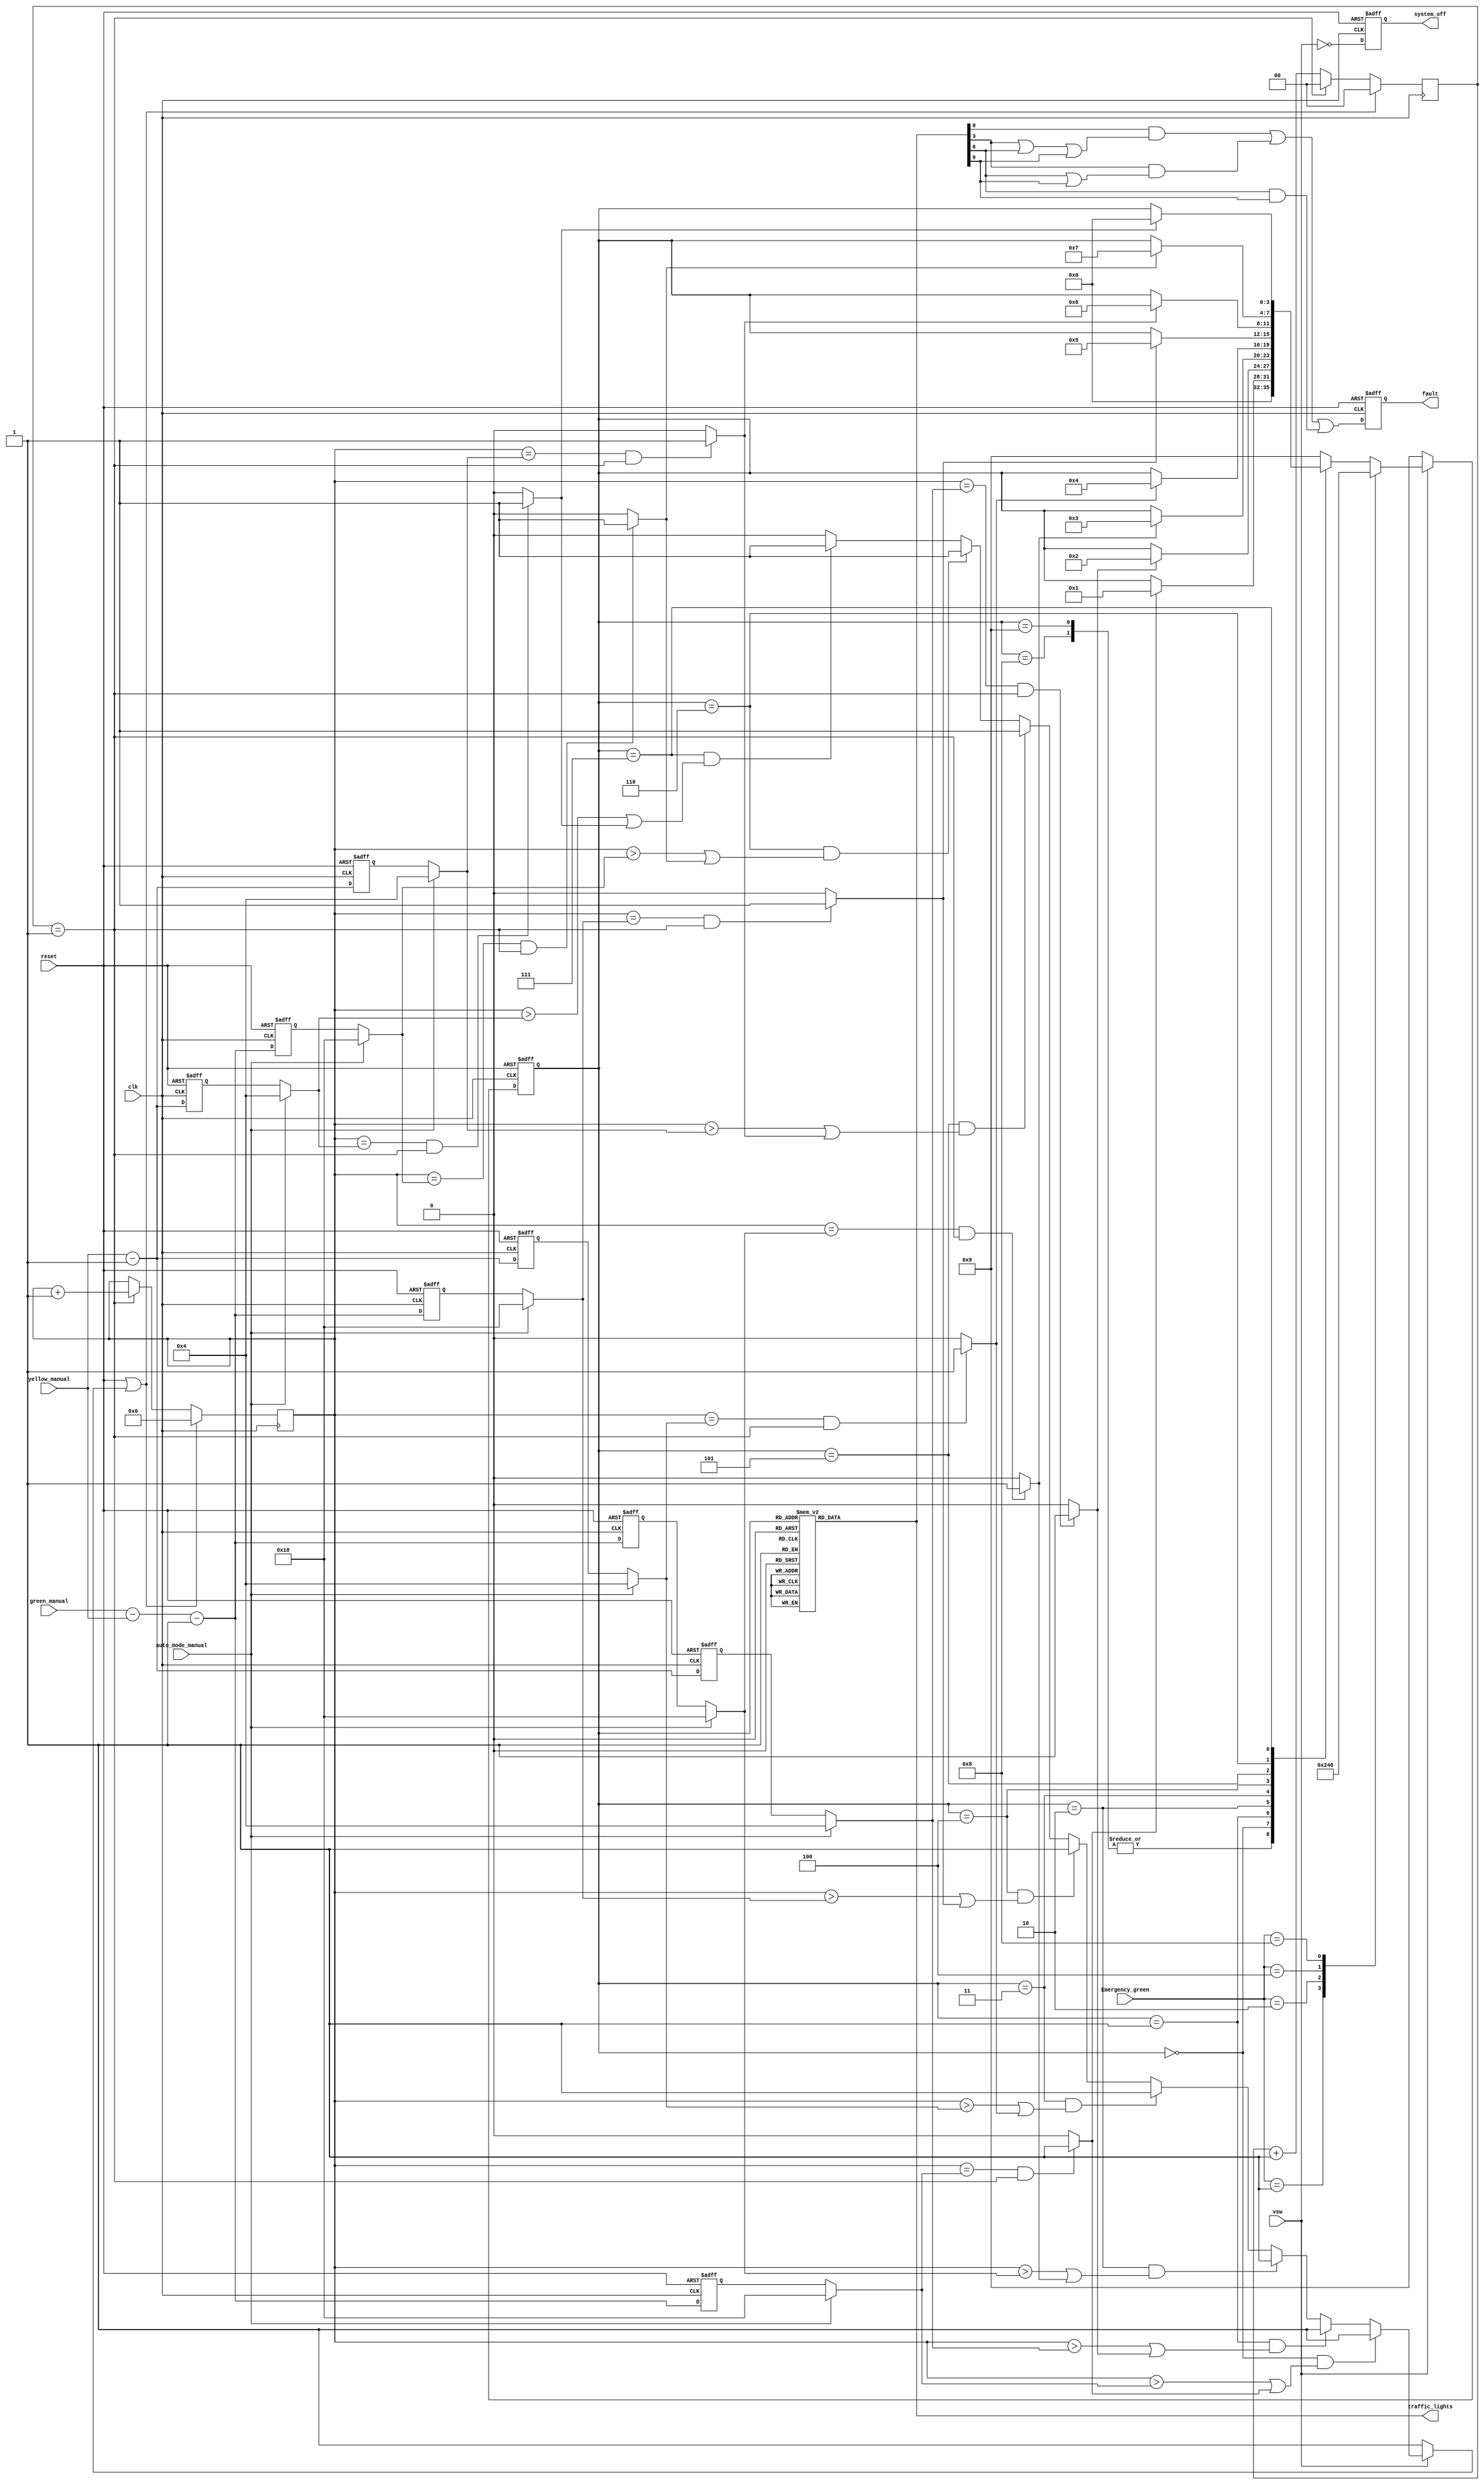
//`timescale 1ns/1ps

module traffic_light_controller(clk,reset,Emergency_green,auto_mode_manual,yellow_manual,green_manual,vsw,fault,system_off,traffic_lights);

input clk;   //clock input

input reset;   //Reset input(Asynchronous)

input auto_mode_manual;  //mode select input (Automatic :1 ,manual :0)

input vsw;


//emergency signals

input[3:0] Emergency_green; //REFINEMENT


//manual mode input registers 


//input [6:0] red_manual;          

input [7:0] yellow_manual;   

input [7:0] green_manual;

//outputs

output reg fault;                    //Fault signal

output reg system_off;                //System Off signal

output reg [11:0] traffic_lights;     // D_001  RED,YELLOW,GREEN lights for 4 roads  

reg [3:0]ps,ns;  

reg power_off;

wire delibrately_off;                     //present and next states

wire east_green_comp_out , east_yellow_comp_out, north_green_comp_out , north_yellow_comp_out , west_green_comp_out , west_yellow_comp_out ,south_green_comp_out , south_yellow_comp_out;

wire clear;

wire [7:0] east_green_out,north_green_out,west_green_out,south_green_out,east_yellow_out,north_yellow_out,west_yellow_out,south_yellow_out;

reg [7:0] internal_green[0:3];

reg [7:0] internal_yellow[0:3];
 
//define states 

parameter GREEN=2'b00; 

parameter YELLOW=2'b01;

parameter RED=2'b10;


//define timing paramters 

parameter RED_DELAY=84;

parameter YELLOW_DELAY=4;	

parameter GREEN_DELAY=24;

parameter FREQUENCY=2;//000000;
 
//counter parameters

parameter counter_length = $clog2(FREQUENCY);

reg [7:0]count;

reg [counter_length:0] sub_counter;

integer sec_count;

integer int; 

parameter [3:0] east_green=  4'b0000;

parameter [3:0] east_yellow= 4'b0001;

parameter [3:0] north_green= 4'b0010;

parameter [3:0] north_yellow=4'b0011;

parameter [3:0] west_green=  4'b0100;

parameter [3:0] west_yellow= 4'b0101;

parameter [3:0] south_green= 4'b0110;

parameter [3:0] south_yellow=4'b0111;

parameter [3:0] all_red=     4'b1000;

parameter [3:0] all_yellow=  4'b1001;


always @(posedge clk or posedge reset)

begin

if (reset)

ps<=all_red;

else

ps<=ns;

end


always @( ps or vsw or east_green_comp_out or east_yellow_comp_out or north_green_comp_out or north_yellow_comp_out or west_green_comp_out or west_yellow_comp_out or south_green_comp_out or south_yellow_comp_out or Emergency_green )

begin

if (~vsw) ns<=all_yellow;
else begin

case(Emergency_green)

4'b0001: ns<=east_green;

4'b0010: ns<=north_green;

4'b0100: ns<=west_green;

4'b1000: ns<=south_green;

default: begin 

case(ps)
all_red: ns<=east_green;

all_yellow: ns<=east_green;

east_green : if(east_green_comp_out) begin  ns<=east_yellow;  end   else begin ns<= ps; end 

east_yellow: if(east_yellow_comp_out) begin  ns<=north_green;  end   else begin ns<= ps; end 

north_green: if(north_green_comp_out)begin  ns<=north_yellow; end   else begin ns<= ps; end 

north_yellow: if(north_yellow_comp_out)  begin  ns<=west_green;   end   else begin ns<= ps; end 

west_green : if(west_green_comp_out) begin  ns<=west_yellow;  end   else begin ns<= ps; end 

west_yellow : if(west_yellow_comp_out) begin  ns<=south_green;  end   else begin ns<= ps; end 

south_green: if(south_green_comp_out)begin  ns<=south_yellow; end   else begin ns<= ps; end 

south_yellow: if(south_yellow_comp_out)  begin  ns<=east_green;   end   else begin ns<= ps; end 


default : ns<=all_yellow;
endcase

end

endcase 

end

end

/*always @( ps or count )

begin
 
if (~vsw) clear =1;

else begin

case(ps)

east_green : if((count>east_green_out)||((count==east_green_out) && (sub_counter==(FREQUENCY-1))))     begin  clear =1;  end   else begin clear=0; end 

east_yellow: if((count>east_yellow_out)||((count==east_yellow_out) && (sub_counter==(FREQUENCY-1))))   begin  clear =1;  end   else begin clear=0; end 
 
north_green: if((count>north_green_out)||((count==north_green_out) && (sub_counter==(FREQUENCY-1))))    begin  clear =1; end   else begin clear=0; end 

north_yellow: if((count>north_yellow_out)||((count==north_yellow_out) && (sub_counter==(FREQUENCY-1)))) begin  clear =1;   end   else begin clear=0; end 

west_green : if((count>west_green_out)||((count==west_green_out) && (sub_counter==(FREQUENCY-1))))    begin  clear =1;  end   else begin clear=0; end 

west_yellow : if((count>west_yellow_out)||((count==west_yellow_out) && (sub_counter==(FREQUENCY-1)))) begin  clear =1;  end   else begin clear=0; end 

south_green: if((count>south_green_out)||((count==south_green_out) && (sub_counter==(FREQUENCY-1))))   begin  clear =1; end   else begin clear=0; end 

south_yellow: if((count>south_yellow_out)||((count==south_yellow_out) && (sub_counter==(FREQUENCY-1))))begin  clear =1;   end   else begin clear=0; end 

endcase

end
 
end*/
assign clear = (~vsw)? 1:((ps==east_green) && ((count>east_green_out)|| east_green_comp_out))? 1:
		((ps==east_yellow) && ((count>east_yellow_out)|| east_yellow_comp_out))? 1:
		((ps==north_green) && ((count>north_green_out)|| north_green_comp_out))? 1:
		((ps==north_yellow) && ((count>north_yellow_out)|| north_yellow_comp_out))? 1:
		((ps==west_green) && ((count>west_green_out)|| west_green_comp_out))? 1:
		((ps==west_yellow) && ((count>west_yellow_out)|| west_yellow_comp_out))? 1:
		((ps==south_green) && ((count>south_green_out)|| south_green_comp_out))? 1:
		((ps==south_yellow) && ((count>south_yellow_out)|| south_yellow_comp_out))? 1: 0;
		


always@(ps)

begin 

case(ps)

east_green:  traffic_lights  <= 12'b100100100001;

east_yellow: traffic_lights  <= 12'b100100001010;

north_green: traffic_lights  <= 12'b100100001100;

north_yellow:traffic_lights  <= 12'b100001010100;

west_green:  traffic_lights  <= 12'b100001100100;

west_yellow: traffic_lights  <= 12'b001010100100;

south_green :traffic_lights  <= 12'b001100100100;

south_yellow:traffic_lights  <= 12'b010100100001;

all_red:traffic_lights <=       12'b100100100100;

all_yellow:traffic_lights  <=   12'b010010010010;

default:traffic_lights <=12'b000000000000;

endcase

end


always @(posedge clk)

begin 

if(reset || clear ) begin

count<=0;

sub_counter <=0;

end

else if(sub_counter == (FREQUENCY-1)) begin

count<=count+1;

sub_counter<=0;

end

else begin 

sub_counter<=sub_counter+1;

end

end

/*always @(posedge clk)

begin

count<=count+1;

if(int==FREQUENCY)

else

begin

sec_count=sec_count+1;

count<=0;

end

end*/

always @(posedge clk or posedge reset) begin

if(reset) begin 

internal_green[0] <= GREEN_DELAY;

internal_green[1] <= GREEN_DELAY;

internal_green[2] <= GREEN_DELAY;

internal_green[3] <= GREEN_DELAY;

end else begin 

internal_green[0] <= green_manual - yellow_manual-1;

internal_green[1] <= green_manual - yellow_manual-1;

internal_green[2] <= green_manual - yellow_manual-1;

internal_green[3] <= green_manual - yellow_manual-1;

end 

end

always@(posedge clk or posedge reset)

begin

if(reset) begin 

internal_yellow[0]<=YELLOW_DELAY;

internal_yellow[1]<=YELLOW_DELAY;

internal_yellow[2]<=YELLOW_DELAY;

internal_yellow[3]<=YELLOW_DELAY;

end 

else begin 

internal_yellow[0]<=yellow_manual-1;

internal_yellow[1]<=yellow_manual-1;

internal_yellow[2]<=yellow_manual-1;

internal_yellow[3]<=yellow_manual-1;

end 

end


assign east_green_out=(auto_mode_manual)?  GREEN_DELAY: internal_green[0];

assign north_green_out=(auto_mode_manual)? GREEN_DELAY: internal_green[1];

assign west_green_out=(auto_mode_manual)?  GREEN_DELAY: internal_green[2];

assign south_green_out=(auto_mode_manual)? GREEN_DELAY: internal_green[3];

assign east_yellow_out=(auto_mode_manual)?  YELLOW_DELAY: internal_yellow[0];

assign north_yellow_out=(auto_mode_manual)? YELLOW_DELAY: internal_yellow[1];

assign west_yellow_out=(auto_mode_manual)?  YELLOW_DELAY: internal_yellow[2];

assign south_yellow_out=(auto_mode_manual)? YELLOW_DELAY: internal_yellow[3];


assign east_green_comp_out =  ((count==east_green_out) && (sub_counter==FREQUENCY-1)) ? 1:0;

assign north_green_comp_out = ((count==north_green_out) && (sub_counter==FREQUENCY-1)) ?1:0;

assign west_green_comp_out =  ((count==west_green_out) && (sub_counter==FREQUENCY-1))  ?1:0;

assign south_green_comp_out = ((count==south_green_out) && (sub_counter==FREQUENCY-1))? 1:0;

assign east_yellow_comp_out = ((count==east_yellow_out) && (sub_counter==FREQUENCY-1))?1:0;

assign north_yellow_comp_out= ((count==north_yellow_out) && (sub_counter==FREQUENCY-1))? 1:0;

assign west_yellow_comp_out = ((count==west_yellow_out) && (sub_counter==FREQUENCY-1))? 1:0;

assign south_yellow_comp_out =((count==south_yellow_out) && (sub_counter==FREQUENCY-1))? 1:0;

/*

always @(posedge clk or posedge reset) begin

if(reset) begin

clear<=0;

end else begin 

clear <= (east_green_comp_out)||(north_green_comp_out)||(west_green_comp_out)||(south_green_comp_out)||(east_yellow_comp_out)||(north_yellow_comp_out)||(west_yellow_comp_out)||(south_yellow_comp_out);

end 

end

*/


assign delibrately_off= ~vsw;

always @(posedge clk or posedge reset )

begin

if(reset)begin

system_off<=0;

fault<=0;

end

else begin

system_off <= delibrately_off;

fault <= (traffic_lights[0] && (traffic_lights[3] || traffic_lights[6] || traffic_lights[9]) || traffic_lights[3] && (traffic_lights[6] || traffic_lights[9]) || (traffic_lights[6] && traffic_lights[9]));

end

end

endmodule